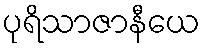
ပုရိသာဇာနီယေ